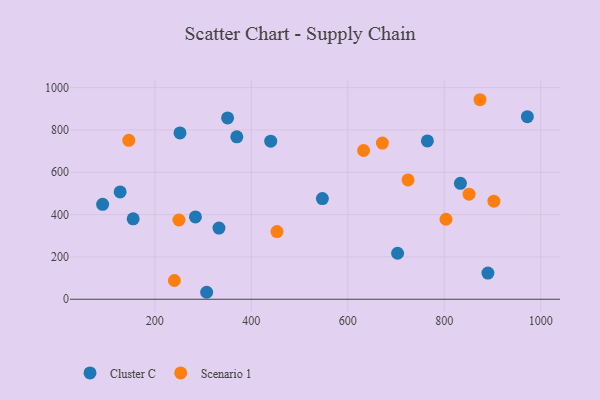
{"axis": {"x": "Study Hours", "y": "Profit"}, "legend": ["Cluster C", "Scenario 1"], "data": [{"x": "128.0", "y": 507.4, "type": "Cluster C"}, {"x": "440.2", "y": 747.1, "type": "Cluster C"}, {"x": "91.7", "y": 448.4, "type": "Cluster C"}, {"x": "307.4", "y": 32.9, "type": "Cluster C"}, {"x": "765.0", "y": 748.3, "type": "Cluster C"}, {"x": "547.3", "y": 475.6, "type": "Cluster C"}, {"x": "833.5", "y": 547.7, "type": "Cluster C"}, {"x": "890.5", "y": 123.5, "type": "Cluster C"}, {"x": "155.0", "y": 380.1, "type": "Cluster C"}, {"x": "284.1", "y": 389.2, "type": "Cluster C"}, {"x": "332.9", "y": 336.2, "type": "Cluster C"}, {"x": "252.1", "y": 786.0, "type": "Cluster C"}, {"x": "703.2", "y": 217.3, "type": "Cluster C"}, {"x": "350.8", "y": 857.2, "type": "Cluster C"}, {"x": "369.9", "y": 767.5, "type": "Cluster C"}, {"x": "972.3", "y": 863.1, "type": "Cluster C"}, {"x": "632.7", "y": 703.1, "type": "Scenario 1"}, {"x": "671.7", "y": 738.0, "type": "Scenario 1"}, {"x": "240.5", "y": 88.6, "type": "Scenario 1"}, {"x": "249.9", "y": 374.5, "type": "Scenario 1"}, {"x": "902.9", "y": 463.5, "type": "Scenario 1"}, {"x": "453.2", "y": 319.6, "type": "Scenario 1"}, {"x": "146.0", "y": 751.2, "type": "Scenario 1"}, {"x": "724.9", "y": 563.9, "type": "Scenario 1"}, {"x": "851.4", "y": 496.6, "type": "Scenario 1"}, {"x": "803.6", "y": 378.0, "type": "Scenario 1"}, {"x": "874.1", "y": 943.0, "type": "Scenario 1"}]}